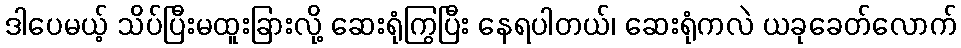
ဒါပေမယ့် သိပ်ပြီးမထူးခြားလို့ ဆေးရုံကြွပြီး နေရပါတယ်၊ ဆေးရုံကလဲ ယခုခေတ်လောက်